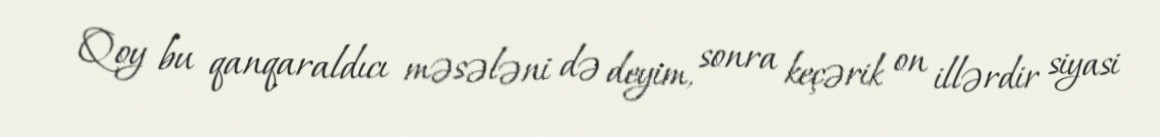
Qoy bu qanqaraldıcı məsələni də deyim, sonra keçərik on illərdir siyasi